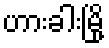
ဟားခါးမြို့